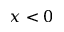
x < 0